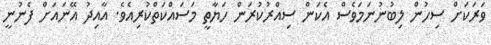
ވަރަކަށް ސިހުން ލިބުނުނަމަވެސް އެކަން ސިއްރުކުރަން ހަޔާތީ މަސައްކަތްކުރިއެވެ. އާއިދު އޭނައަށް ފެނުނީ